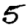
Digit: 5